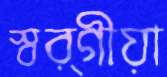
স্বর্গীয়া